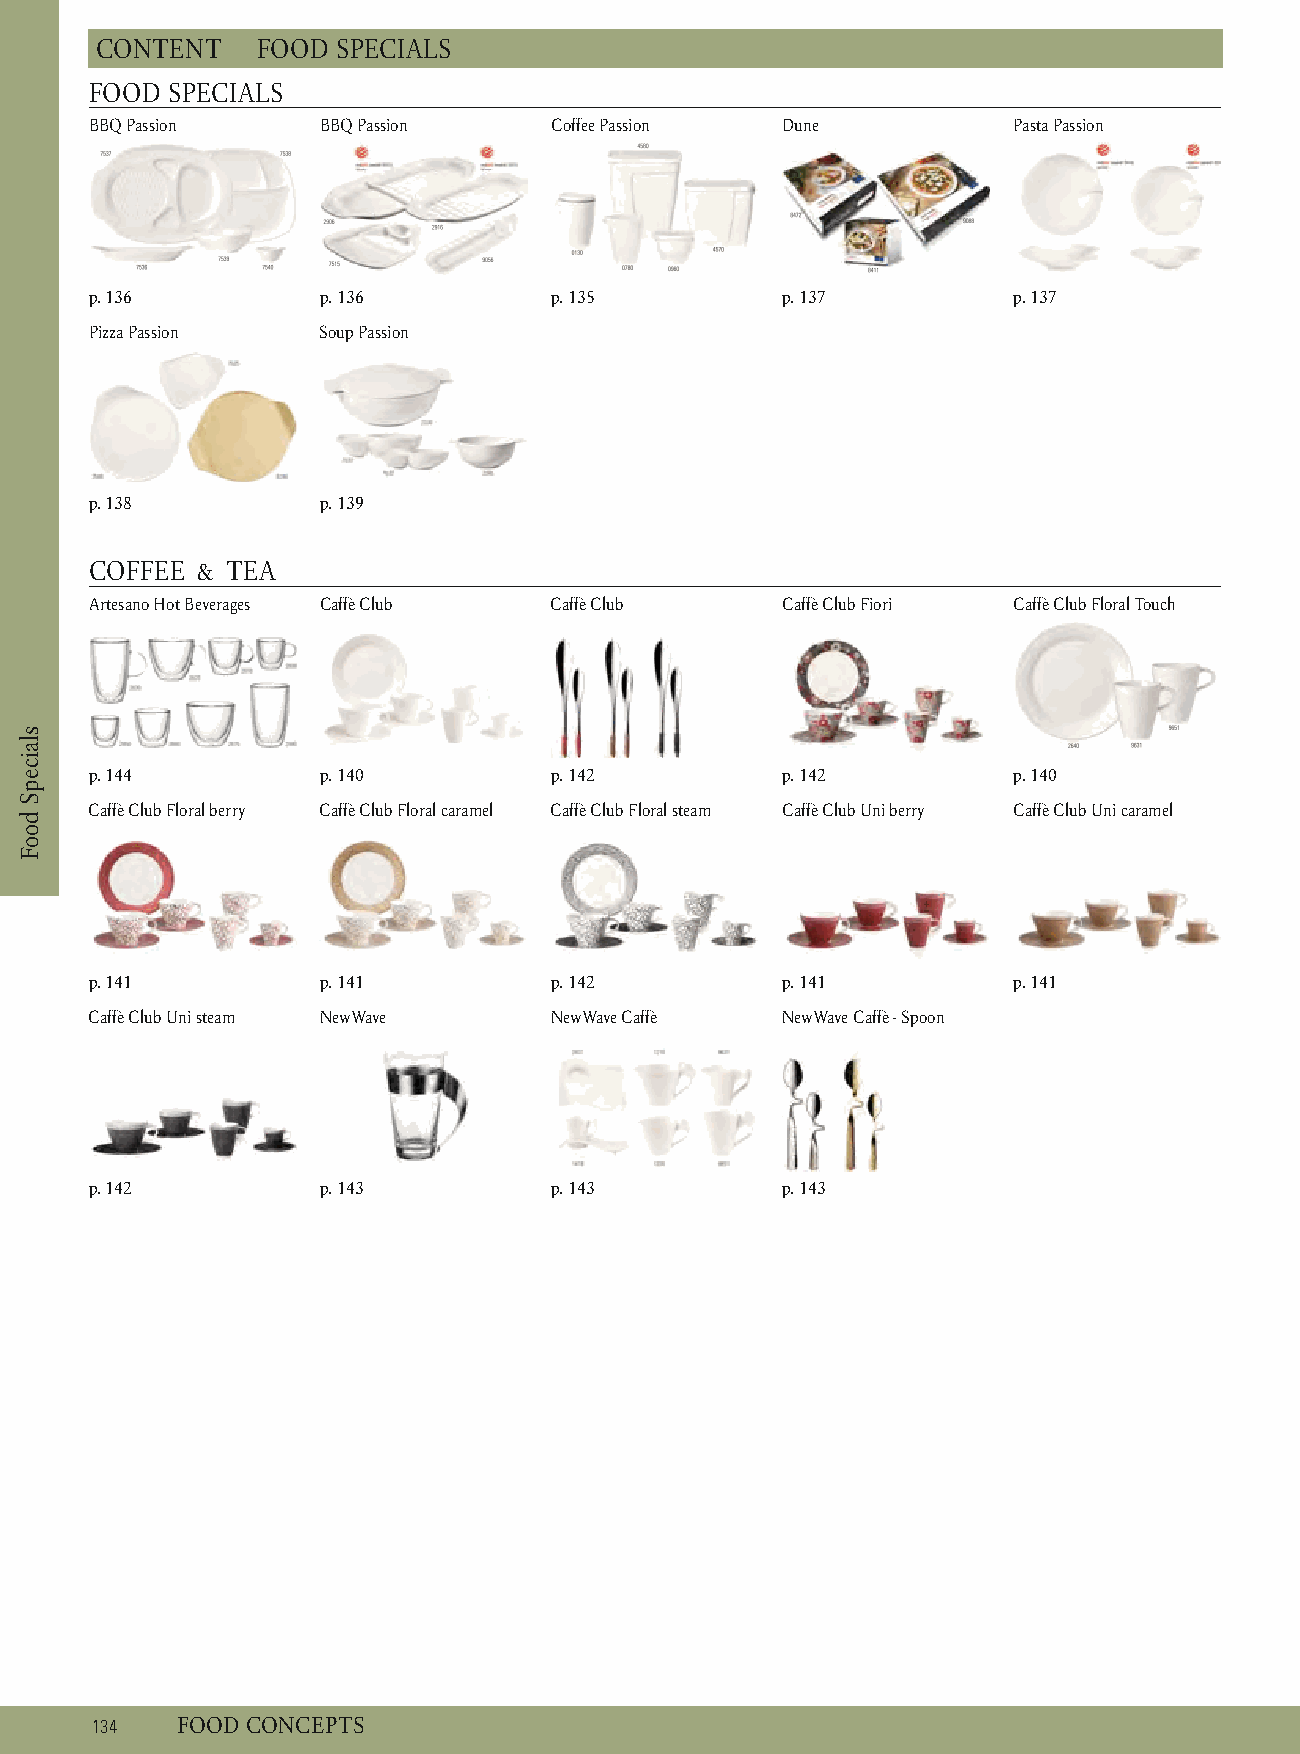
C ONTENT   F OOD SPECIALS
 FOOD SPECIALS
 BBQ Passion    BBQ Passion    Coffee Passion  Dune           P asta Passion
 p. 1 36        p . 136        p . 135         p . 137        p . 137
 Pizza Passion  Soup Passion
 p. 1 38        p . 139
 COFFEE & TEA
 Artesano Hot Beverages C affè Club Caffè Club Caffè Club Fiori Caffè Club Floral Touch
 p. 1 44        p . 140        p . 142         p . 142        p . 140
 Caffè Club Floral berry Caffè Club Floral caramel Caffè Club Floral steam Caffè Club Uni berry Caffè Club Uni caramel
 p. 1 41        p . 141        p . 142         p . 141        p . 141
 Caffè Club Uni steam NewWave  N ewWave Caffè  NewWave Caffè - Spoon
 p. 1 42        p . 143        p . 143         p . 143
 1 34  F OOD CONCEPTS
 slaicepS
 dooF